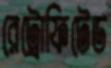
রেট্রোফিটেড